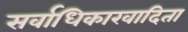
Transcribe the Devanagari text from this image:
सर्वाधिकारवादिता